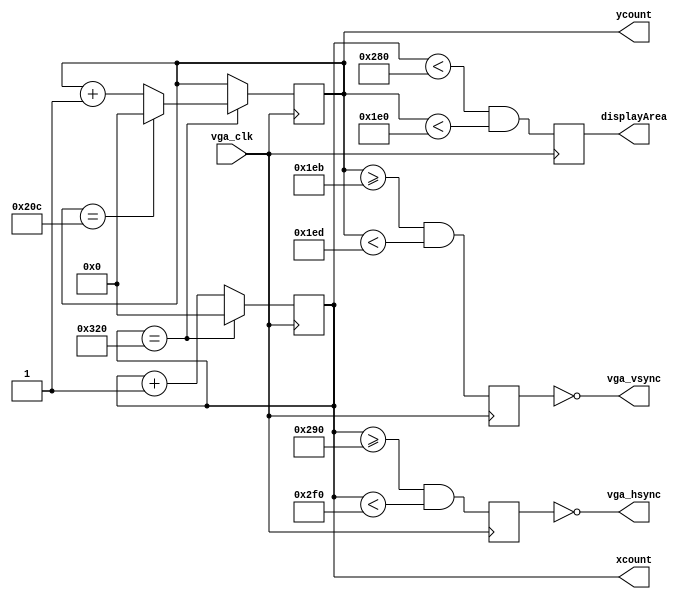

//VGA protocol support file for snake.v

module vga_sync (
    input vga_clk,
    output reg [9:0] xcount, ycount,
    output reg displayArea,
    output vga_hsync, vga_vsync
);
  
  reg p_hsync, p_vsync;
    
  parameter hfporch = 640;     //start of horizontal front porch
  parameter hsync = 656;       //start of h sync
  parameter hbporch = 752;     //start of h back porch
  parameter hmax = 800;        //total length

  parameter vfporch = 480;      //start of vertical front porch
  parameter vsync = 491;        //start of v sync
  parameter vbporch = 493;      //start of v back porch
  parameter vmax = 524;         //total # of rows
  
  always @(posedge vga_clk) begin
    if(xcount == hmax) xcount <= 0;
    else xcount = xcount + 1'b1;
  end
  
  always @(posedge vga_clk) begin
    if(xcount == hmax) begin
        if(ycount == vmax) ycount <= 0;
        else ycount <= ycount + 1'b1;
    end
  end

  always @(posedge vga_clk) begin
    displayArea <= ((xcount < hfporch) & (ycount < vfporch));
  end

  always @(posedge vga_clk) begin
    p_hsync <= ((xcount >= hsync) & (xcount < hbporch));
    p_vsync <= ((ycount >= vsync) & (ycount < vbporch));
  end
  
  assign vga_vsync = ~p_vsync;
  assign vga_hsync = ~p_hsync;

endmodule